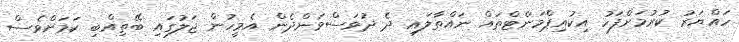
ހައްޔަރު ކުރުމަށްފަހު އިކުއިޕްމަންޓްތައް ނައްތާލައި ދެ ދުވަސްވަންދެން އެމީހުން ޖަލުގައި ބޭތިއްބި ކަމަށްވެސް